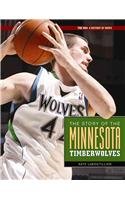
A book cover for The Story of The Minnesota Timberwolves (The NBA: a History of Hoops); Nate Leboutillier; Teen & Young Adult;